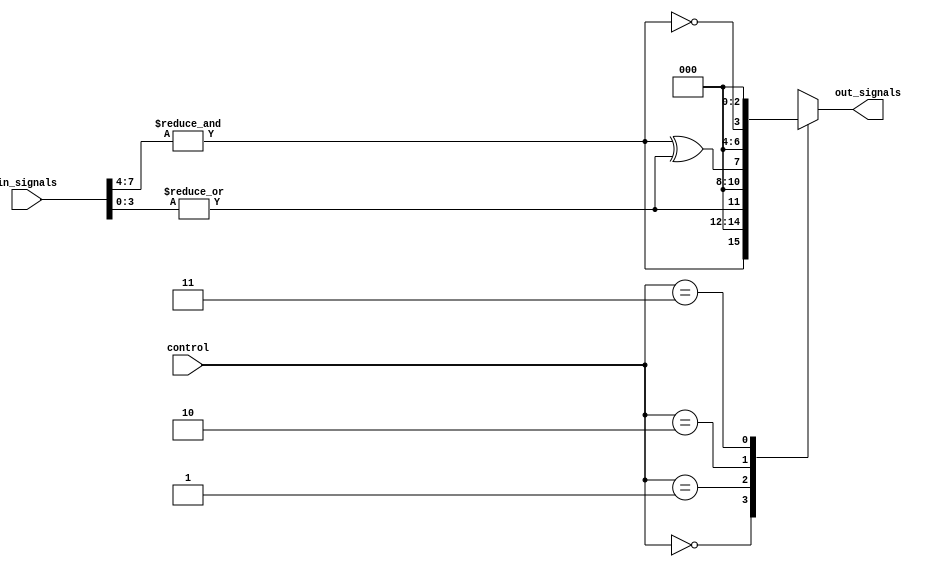
module AdjacencyGroups (
    input wire [N-1:0] in_signals,   // Input signals (N-bit wide)
    input wire [M-1:0] control,       // Control signals for group selection
    output wire [P-1:0] out_signals   // Output signals (P-bit wide)
);

parameter N = 8;   // Number of input signals
parameter M = 2;   // Number of control signals (for selecting groups)
parameter P = 4;   // Number of output signals

// Internal wire declarations for each adjacency group
wire [N/2-1:0] group1;
wire [N/2-1:0] group2;
wire [N/2-1:0] group3;
wire [N/2-1:0] group4;

// Assign input signals to adjacency groups based on some criteria
assign group1 = in_signals[N-1:N/2]; // Group 1 takes upper half of inputs
assign group2 = in_signals[N/2-1:0]; // Group 2 takes lower half of inputs

// Logic operations for each group
wire group1_out;
wire group2_out;

assign group1_out = &group1;      // AND operation for Group 1
assign group2_out = |group2;      // OR operation for Group 2

// Output generation based on control signals
always @(*) begin
    case (control)
        2'b00: out_signals = {group1_out, 3'b000};    // Output from Group 1
        2'b01: out_signals = {group2_out, 3'b000};    // Output from Group 2
        2'b10: out_signals = {group1_out ^ group2_out, 3'b000}; // XOR of both groups
        2'b11: out_signals = {~group1_out, 3'b000};    // NOT of Group 1 output
        default: out_signals = 4'b0000;                // Default output
    endcase
end

endmodule